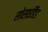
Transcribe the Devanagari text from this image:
सोसाईडैड